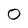
Character: O